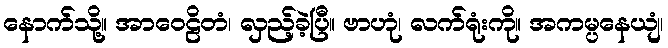
နောက်သို့။ အာဝေဠိတံ၊ လှည့်ခဲ့ပြီ။ ဗာဟုံ၊ လက်ရုံးကို။ အကမ္ပနေယျံ၊